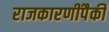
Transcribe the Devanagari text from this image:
राजकारणींपैकी